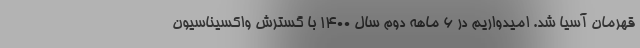
قهرمان آسیا شد. امیدواریم در 6 ماهه دوم سال 1400 با گسترش واکسیناسیون